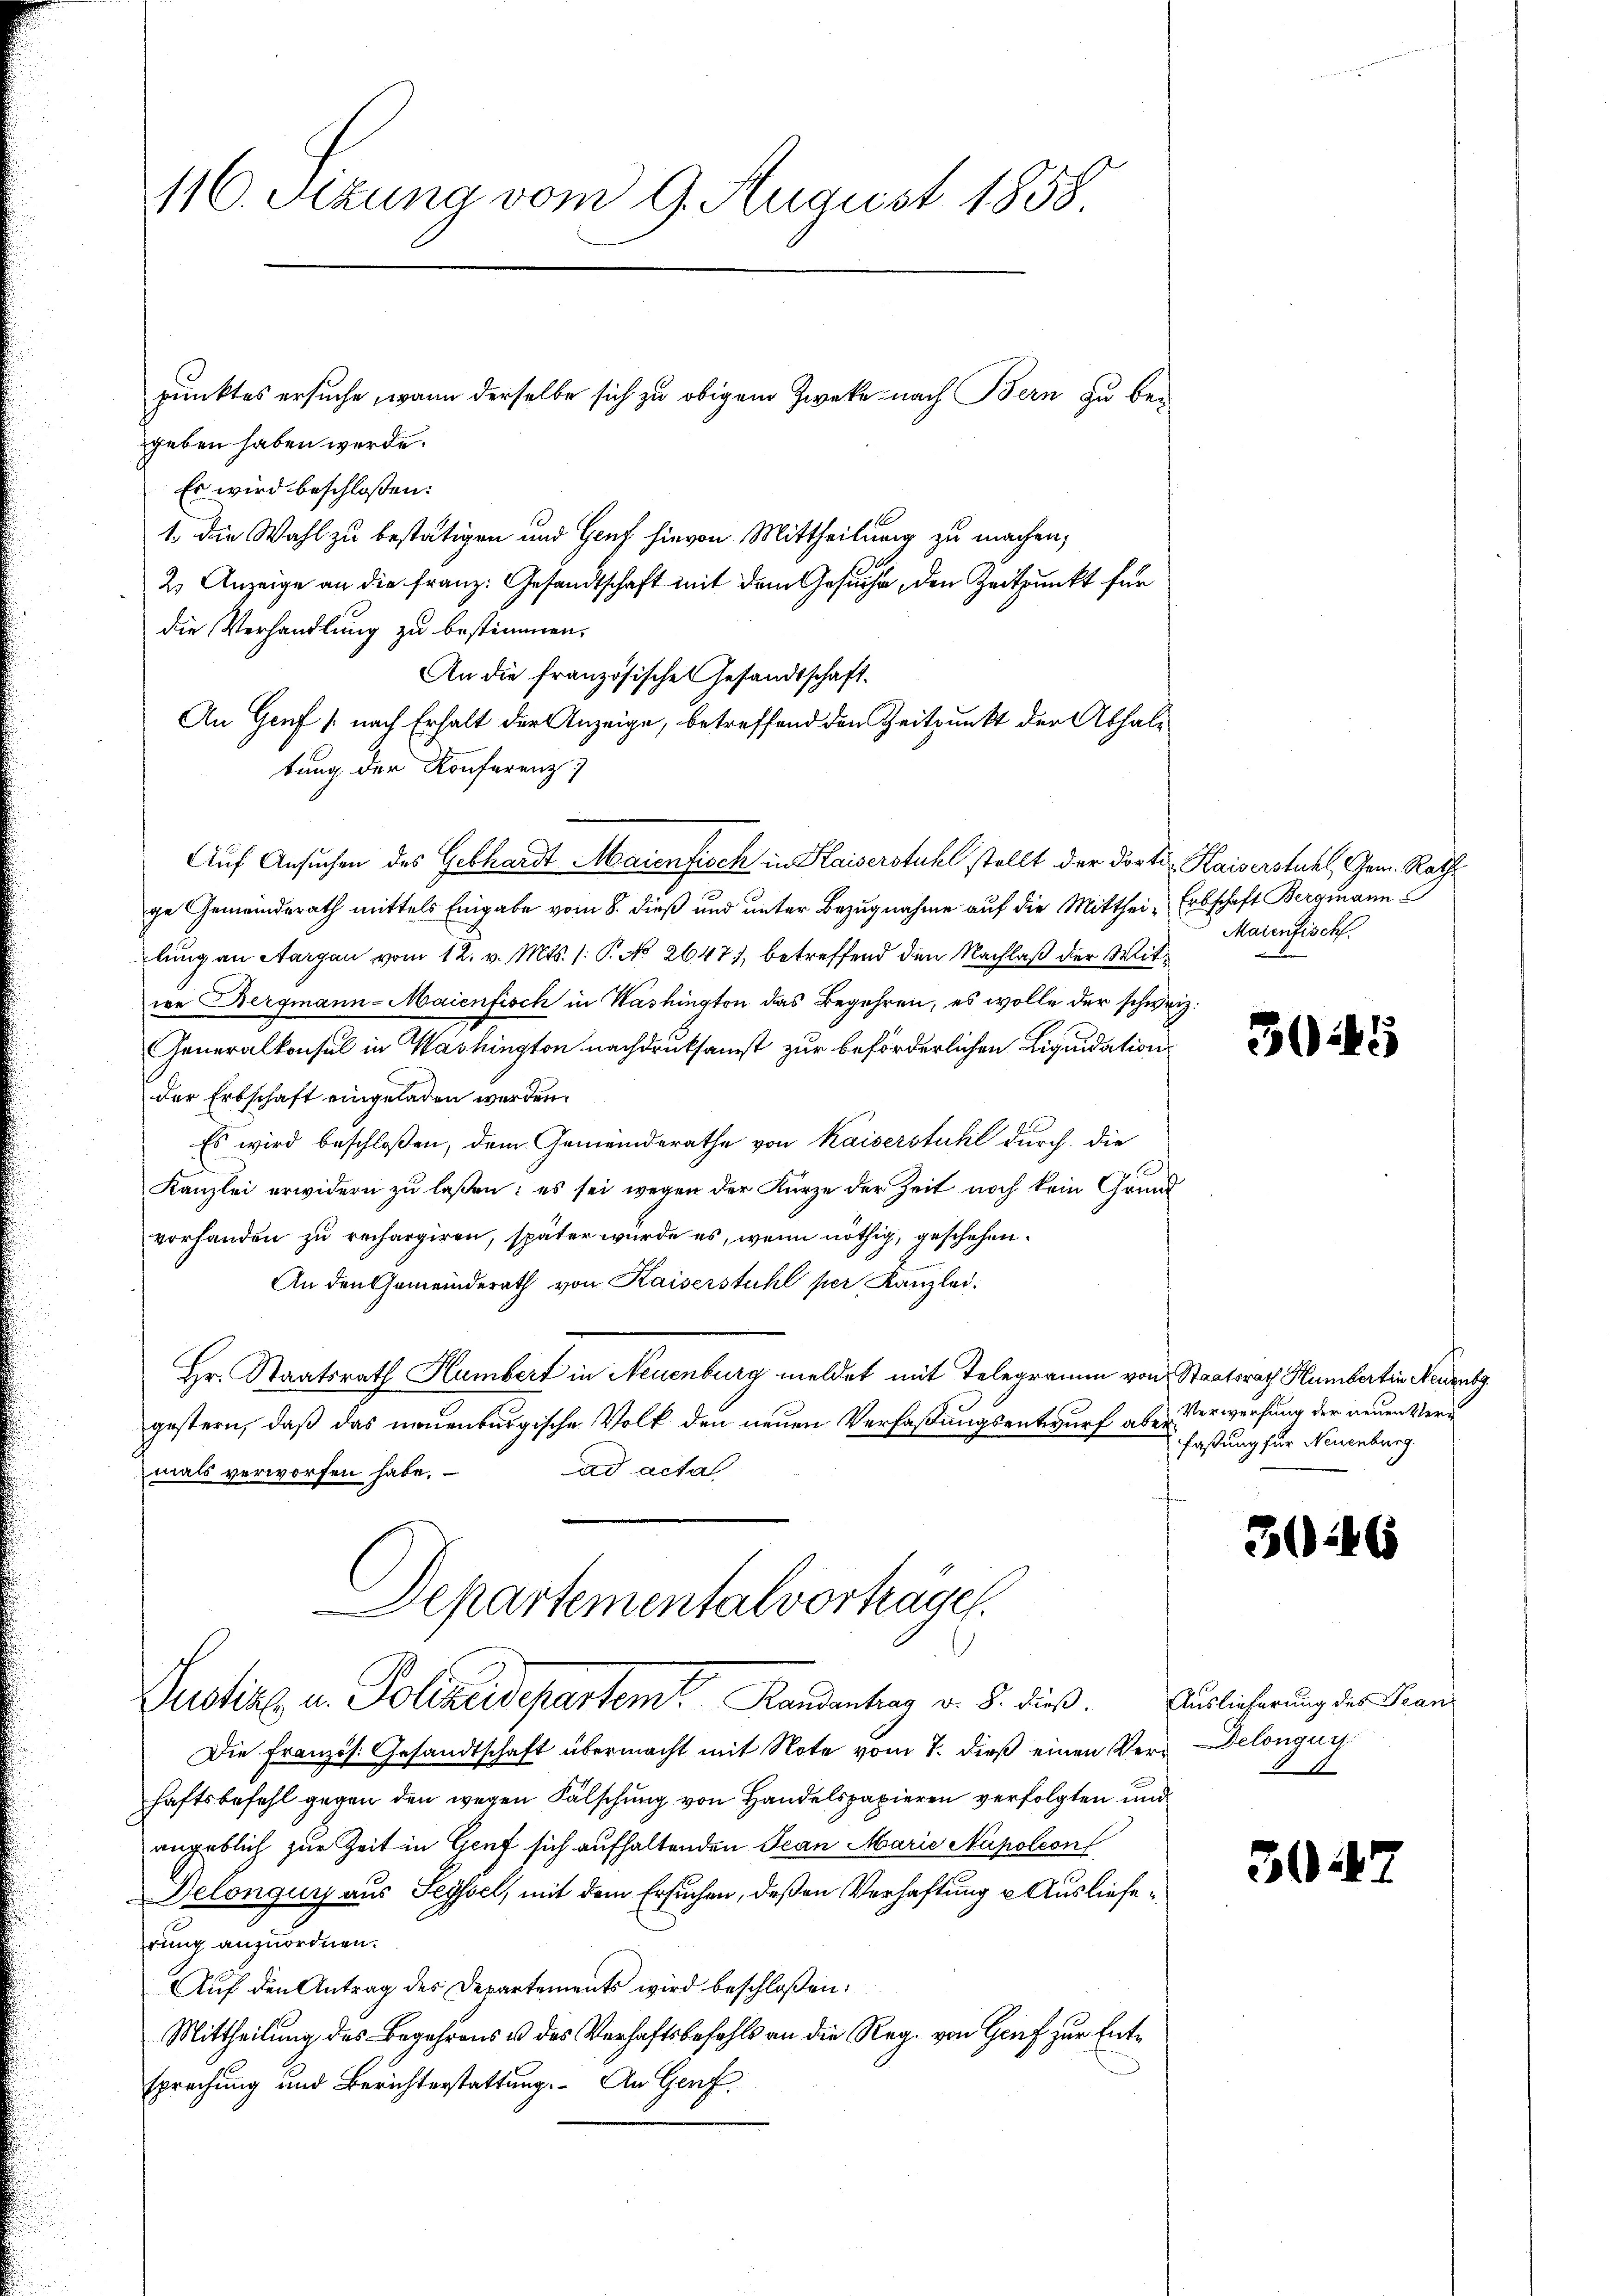
116. Sizung vom 9. August 1858.

geben haben werde.
Es wird beschloßen:
1 die Wahl zu bestätigen und Genf hievon Mittheilung zu machen,
2) Anzeige an die Franz. Gesandtschaft mit dem Gesuche, den Zeitpunkt für
die Verhandlung zu bestimmen.
An die französische Gesandtschaft.
An Genf (nach Erhalt der Anzeige, betreffend den Zeitpunkt der Athaltung der Konferenz
Auf Ansuchen des Gebhardt Maienfisch in Kaiserstuhl stellt der dortig Kaiserstuhl, Gem. Rath
ge Gemeinderath mittels Eingabe vom 8. dieß und unter Bezugnahme auf die Mitthei- Erbschaft Bergmann
lung an Aargau vom 12. v. Mts. (: P. No 2647), betreffend den Nachlaß der Mitie Bergmann-Maienfisch in Washington das Begehren, es wolle der schweiz.
Generalkonsul in Washington nachdruksamst zur beförderlichen Liquidations
der Erbschaft eingeladen werden.
Es wird beschloßen, dem Gemeinderathe von Kaiserstuhl durch die
Kanzlei erwidern zu laßen: es sei wegen der Kürze der Zeit noch kein Grund
vorhanden zu rechargiren, später wurde es, wenn nöthig, geschehen.
An den Gemeinderath von Kaiserstuhl per Kanzlei.
Hr. Staatsrath Humbert in Neuenburg meldet mit Telegramm von Staatsrath Humbertin Neuenbg.
gestern, daß das neuenburgische Volk den neuen Verfaßungsentwurf aber
ad acta
mals verworfen habe.
Departementalvorträge.
Justine u. Polizeidepartem Randantrag v. 8. dieß. Auslicherung der Fran¬
Die Französ. Gesandtschaft übermacht mit Note vom 7. dieß einen Ver-Delongun
haftsbefehl gegen den wegen Fälschung von Handelspapieren verfolgten und
angeblich zur Zeit in Genf sich aufhaltenden Jean Marie Napoleon
Delonguy aus Seyssel, mit dem Ersuchen, deßen Verhaftung u. Auslieferung anzuordnen.
Auf den Antrag des Departements wird beschloßen:
Mittheilung des Begehrens u des Verhaftsbefehls an die Reg. von Genf zur Entsprechung und Berichterstattung. An Genf,

punktes ersuche, wenn derselbe sich zu obigem Zwecke nach Bern zu be-

Maienfisch

t

3045

Verwerfung der neuen Verfaßung für Neuenburg.

30246

11

3